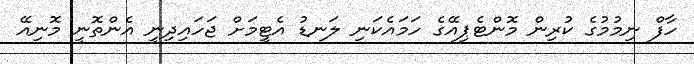
ހާފް ނިމުމުގެ ކުރިން މޮންޓެޕިއޭގެ ހަމައެކަނި ލަނޑު އެޓީމަށް ޖަހައިދިނީ އެންތޮނީ މޮނިއޭ